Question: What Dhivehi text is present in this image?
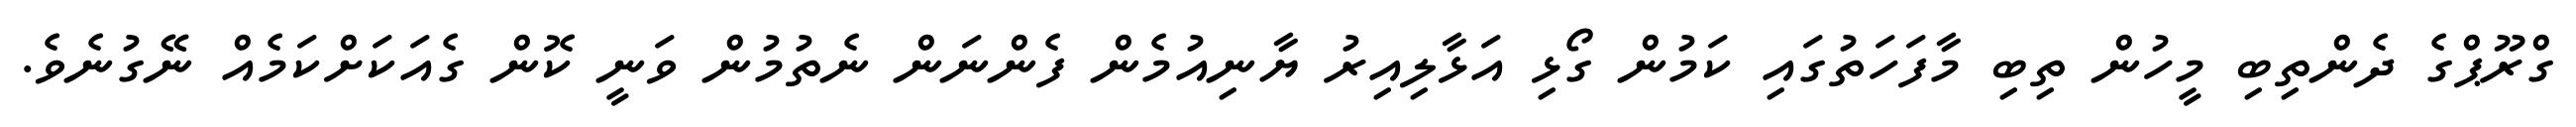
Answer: ގްރޫޕްގެ ދެންތިބި މީހުން ތިބި މާފަހަތުގައި ކަމުން ގޯޅި އަޅާލިއިރު ޔާނިއުމެން ފެންނަން ނެތުމުން ވަނީ ކޮން ގެއަކަށްކަމެއް ނޭގުނެވެ.